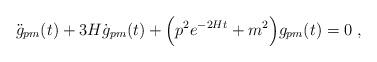
LaTeX: \begin{align*}\ddot{g}_{pm}(t)+3H \dot{g}_{pm}(t)+ \Bigl(p^2 e^{-2Ht} + m^2 \Bigr)g_{pm}(t)=0\ ,\end{align*}